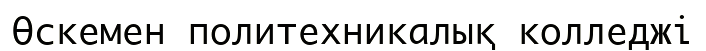
Өскемен политехникaлық колледжі